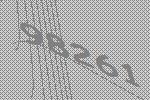
98261